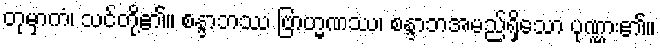
တုမှာကံ၊ သင်တို့၏။ စန္ဒာဘဿ ဗြာဟ္မဏဿ၊ စန္ဒာဘအမည်ရှိသော ပုဏ္ဏား၏။